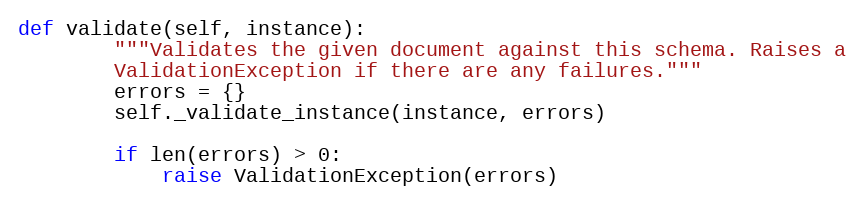
Language: Python
def validate(self, instance):
        """Validates the given document against this schema. Raises a
        ValidationException if there are any failures."""
        errors = {}
        self._validate_instance(instance, errors)

        if len(errors) > 0:
            raise ValidationException(errors)